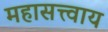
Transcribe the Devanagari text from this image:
महासत्त्वाय